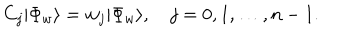
LaTeX: { C } _ { j } | \Phi _ { w } \rangle = w _ { j } | \Phi _ { w } \rangle , \quad j = 0 , 1 , \ldots , n - 1 .